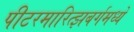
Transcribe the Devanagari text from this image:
पीटरमारित्झबर्गमध्ये